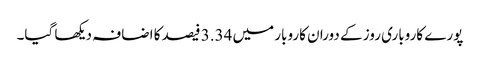
پورے کاروباری روز کے دوران کاروبار میں 3.34 فیصد کا اضافہ دیکھا گیا۔